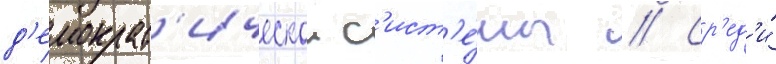
д'емократ'ическои с'ист'е́мы // Ср'ед'и́